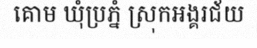
គោម ឃុំប្រភ្នំ ស្រុកអង្គរជ័យ